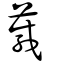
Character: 葴